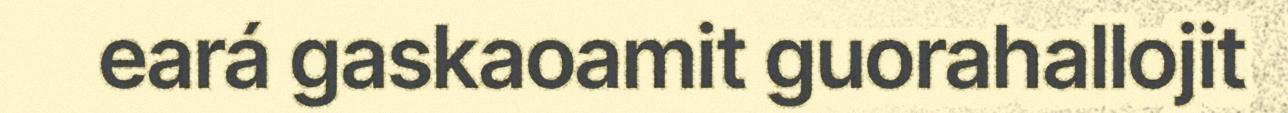
eará gaskaoamit guorahallojit